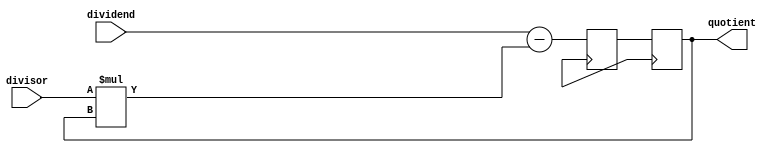
module pipelined_divider (
    input wire [31:0] dividend,
    input wire [31:0] divisor,
    output wire [31:0] quotient
);

reg [31:0] result_reg;
reg [31:0] partial_result;

always @ (posedge clk) begin
    partial_result <= dividend - (divisor * result_reg);
    result_reg <= partial_result;
end

assign quotient = result_reg;

endmodule